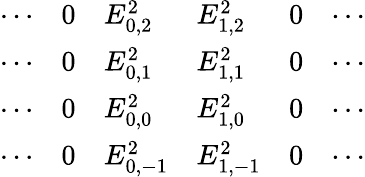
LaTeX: \begin{array}{llllll}{\cdots}&{0}&{E_{0,2}^{2}}&{E_{1,2}^{2}}&{0}&{\cdots}\\ {\cdots}&{0}&{E_{0,1}^{2}}&{E_{1,1}^{2}}&{0}&{\cdots}\\ {\cdots}&{0}&{E_{0,0}^{2}}&{E_{1,0}^{2}}&{0}&{\cdots}\\ {\cdots}&{0}&{E_{0,-1}^{2}}&{E_{1,-1}^{2}}&{0}&{\cdots}\end{array}